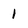
Character: 1